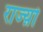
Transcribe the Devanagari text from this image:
राज्य़ो